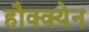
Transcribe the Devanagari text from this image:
हौक्क्येन